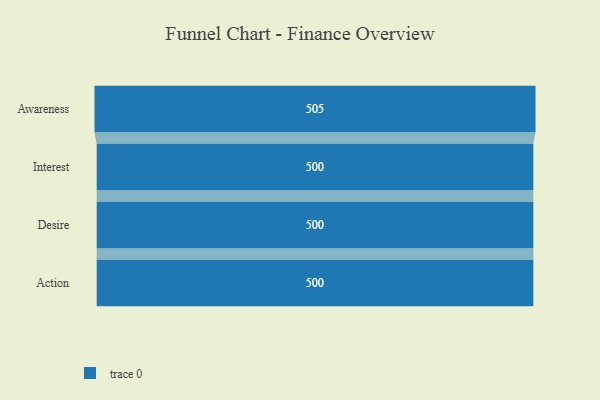
{"axis": {"x": "Stage", "y": "Value"}, "legend": [""], "data": [{"x": "Awareness", "y": 505.0, "type": ""}, {"x": "Interest", "y": 500, "type": ""}, {"x": "Desire", "y": 500, "type": ""}, {"x": "Action", "y": 500, "type": ""}]}